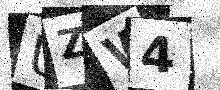
Text: UZW4